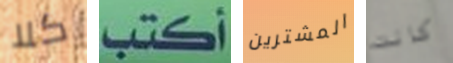
كلا أكتب المشترين كانت